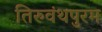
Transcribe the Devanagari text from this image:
तिरुवंथपुरम